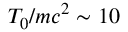
T _ { 0 } / m c ^ { 2 } \sim 1 0